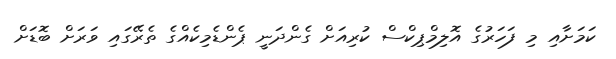
ކަމަށާއި މި ފަހަރުގެ އޮލިމްޕިކްސް ކުރިއަށް ގެންދަނީ ޕެންޑެމިކެއްގެ ތެރޭގައި ވަރަށް ބޮޑަށް